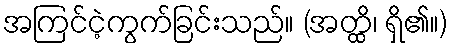
အကြင်ငဲ့ကွက်ခြင်းသည်။ (အတ္ထိ၊ ရှိ၏။)